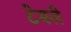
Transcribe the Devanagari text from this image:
टेबले